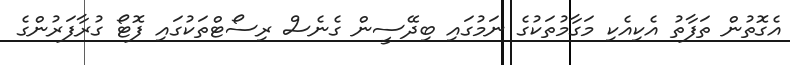
އެގޮތުން ތަފާތު އެކިއެކި މަގާމުތަކުގެ ނަމުގައި ބިދޭސީން ގެނެސް ރިސޯޓްތަކުގައި ފޮޓޯ ގުރާފަރުންގެ